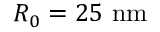
R _ { 0 } = 2 5 ~ \mathrm { n m }